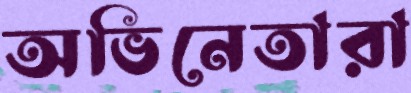
অভিনেতারা